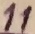
Text: 11